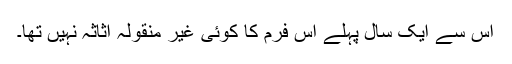
اس سے ایک سال پہلے اس فرم کا کوئی غیر منقولہ اثاثہ نہیں تھا۔